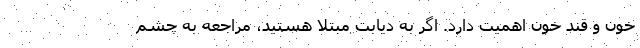
خون و قند خون اهمیت دارد. اگر به دیابت مبتلا هستید، مراجعه به چشم